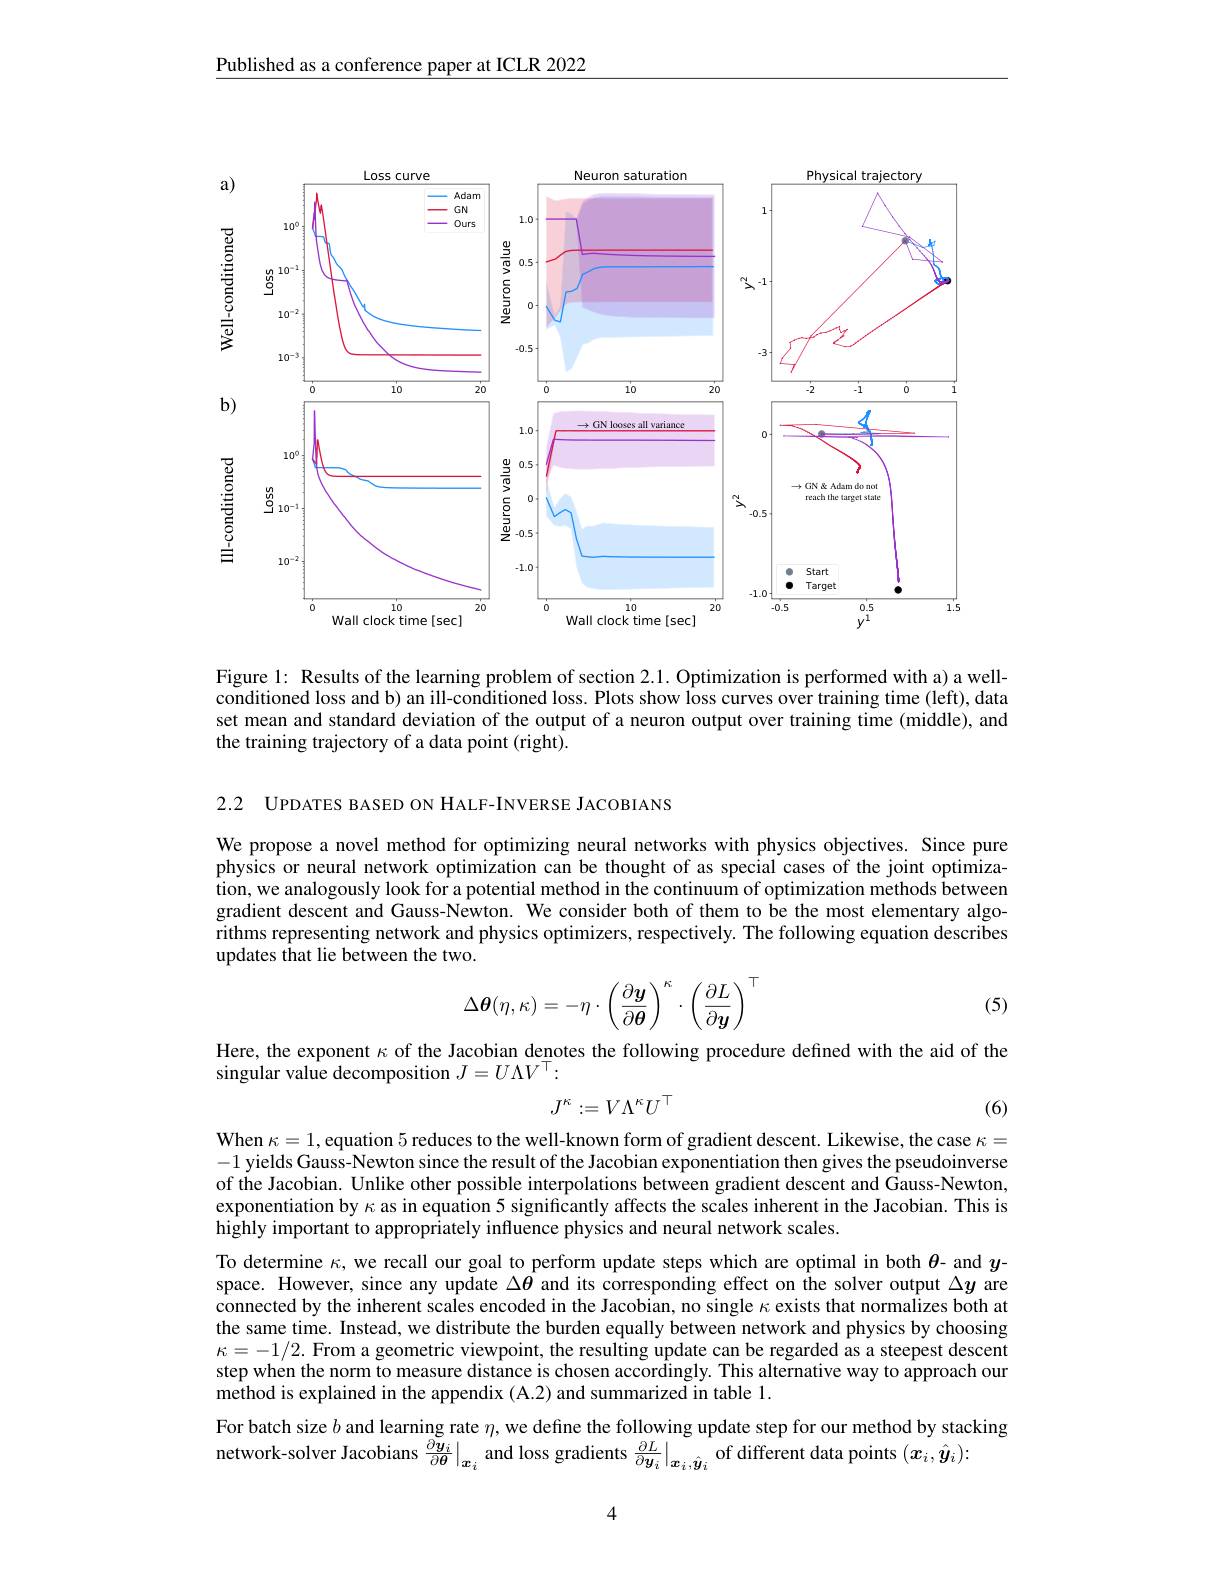
Published as a conference paper at ICLR 2022

<FigureHere>

Figure 1: Results of the learning problem of section 2.1. Optimization is performed with a) a wellconditioned loss and b) an ill-conditioned loss. Plots show loss curves over training time (left), data set mean and standard deviation of the output of a neuron output over training time (middle), and the training trajectory of a data point (right).

2.2 UPDATES BASED ON HALF-INVERSE JACOBIANS

We propose a novel method for optimizing neural networks with physics objectives. Since pure physics or neural network optimization can be thought of as special cases of the joint optimization, we analogously look for a potential method in the continuum of optimization methods between gradient descent and Gauss-Newton. We consider both of them to be the most elementary algorithms representing network and physics optimizers, respectively. The following equation describes updates that lie between the two.
$$\Delta\boldsymbol\theta(\eta,\kappa)=-\eta\cdot\left(\frac{\partial\boldsymbol y}{\partial\boldsymbol\theta}\right)^\kappa\cdot\left(\frac{\partial L}{\partial\boldsymbol y}\right)^\top $$
(5)

Here, the exponent $\kappa$ of the Jacobian denotes the following procedure defined with the aid of the
singular value decomposition $J=U\Lambda V^\top:$
$$J^{\kappa}:=V\Lambda^{\kappa}U^{\top}$$
(6)

When $\kappa=1$,equation 5 reduces to the well-known form of gradient descent. Likewise, the case $\kappa=$ -1 yields Gauss- Newton since the result of the Jacobian exponentiation then gives the pseudoinverse of the Jacobian. Unlike other possible interpolations between gradient descent and Gauss-Newton, exponentiation by $\kappa$ as in equation 5 significantly affects the scales inherent in the Jacobian. This is $\hat{\text{highly important to appropriately influence physics and neural network scales.}}$

To determine $\kappa$, we recall our goal to perform update steps which are optimal in both $\theta$- and $y$- space. However, since any update $\Delta\boldsymbol{\theta}$ and its corresponding effect on the solver output $\Delta\boldsymbol{y}$ are connected by the inherent scales encoded in the Jacobian, no single $\kappa$ exists that normalizes both at the same time. Instead, we distribute the burden equally between network and physics by choosing $\kappa=-1/2.$ From a geometric viewpoint, the resulting update can be regarded as a steepest descent step when the norm to measure distance is chosen accordingly. This alternative way to approach our method is explained in the appendix (A.2) and summarized in table 1.

For batch size $b$ and learning rate $\eta$, we define the following update step for our method by stacking
network-solver Jacobians $\frac{\partial y_i}{\partial\theta}|_{x_i}$ and loss gradients $\left.\frac{\partial L}{\partial y_i}\right|_{x_i,\hat{y}_i}$ of different data points $(\boldsymbol x_i,\hat{\boldsymbol{y}}_i):$

4